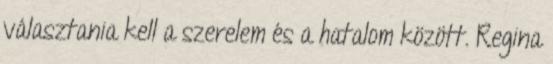
választania kell a szerelem és a hatalom között. Regina